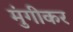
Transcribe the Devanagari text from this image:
मुंगीकर